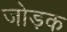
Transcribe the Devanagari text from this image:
जोड़क